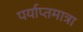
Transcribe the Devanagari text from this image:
पर्याप्तमात्रा